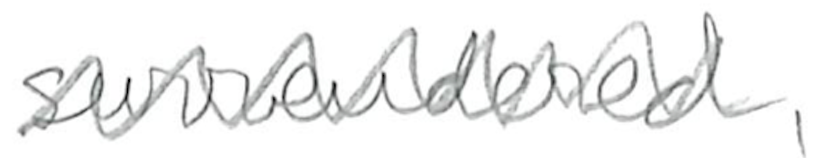
Text: surrendered,
Cross-out: zig-zag
Writing tool: pencil